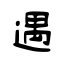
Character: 遇